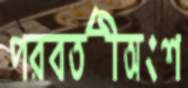
পরবর্তীঅংশ